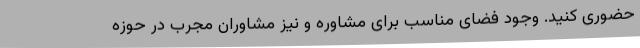
حضوری کنید. وجود فضای مناسب برای مشاوره و نیز مشاوران مجرب در حوزه